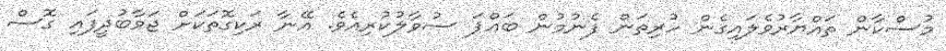
މުސްކާން ތައްޔާރުވެލައިގެން ހުރިތަން ފެނުމުން ބައްޕަ ސުވާލުކުރިއެވެ. އޭނާ ރަކިގޮތަކަށް ޖަވާބުދީފައި ގޮސް